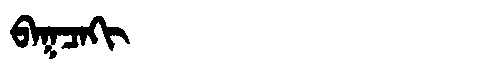
Manchu: ᠪᠠᡴᠴᠠᡴᡳ
Romanization: BAKCAKI